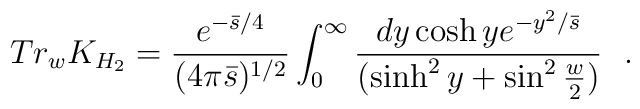
Tr_w K_{H_2}={e^{-{\bar{s}/4}}\over (4\pi \bar{s})^{1/2}}\int_0^\infty {dy \cosh y e^{-{y^2/ \bar{s}}}\over (\sinh^2y+\sin^2{w\over 2})}~~.